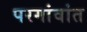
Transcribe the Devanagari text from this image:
परगांवांत